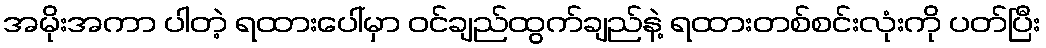
အမိုးအကာ ပါတဲ့ ရထားပေါ်မှာ ဝင်ချည်ထွက်ချည်နဲ့ ရထားတစ်စင်းလုံးကို ပတ်ပြီး